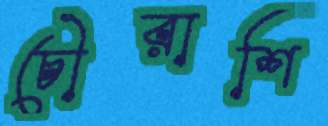
চৌরাশি